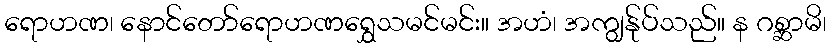
ရောဟဏ၊ နောင်တော်ရောဟဏရွှေသမင်မင်း။ အဟံ၊ အကျွန်ုပ်သည်။ န ဂစ္ဆာမိ၊